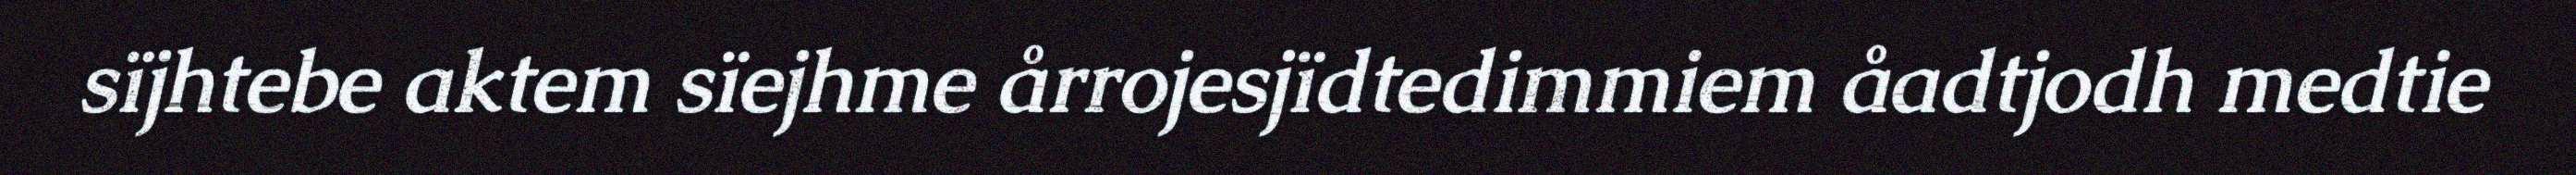
sïjhtebe aktem sïejhme årrojesjïdtedimmiem åadtjodh medtie